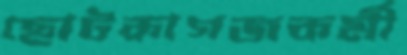
ছোটকাগজকর্মী